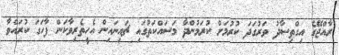
ރާއްޖޭގެ އިގްތިސާދު ވަރުގަދަ ކުރުމަށް ކުރަމުންދާ މަސައްކަތުގައި ޗައިނައިން އެހީތެރިވާކަން ފާހަގަ ކުރައްވާ